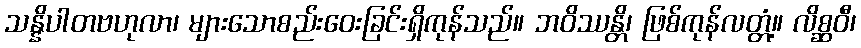
သန္နိပါတဗဟုလာ၊ များသောစည်းဝေးခြင်းရှိကုန်သည်။ ဘဝိဿန္တိ၊ ဖြစ်ကုန်လတ္တံ့။ လိစ္ဆဝီ၊